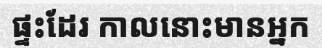
ផ្ទះដែរ កាលនោះមានអ្នក